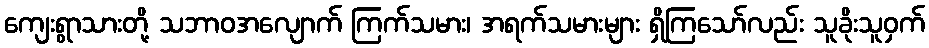
ကျေးရွာသားတို့ သဘာဝအလျောက် ကြက်သမား၊ အရက်သမားများ ရှိကြသော်လည်း သူခိုးသူဝှက်